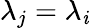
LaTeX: \lambda_{j}=\lambda_{\mathit{i}}